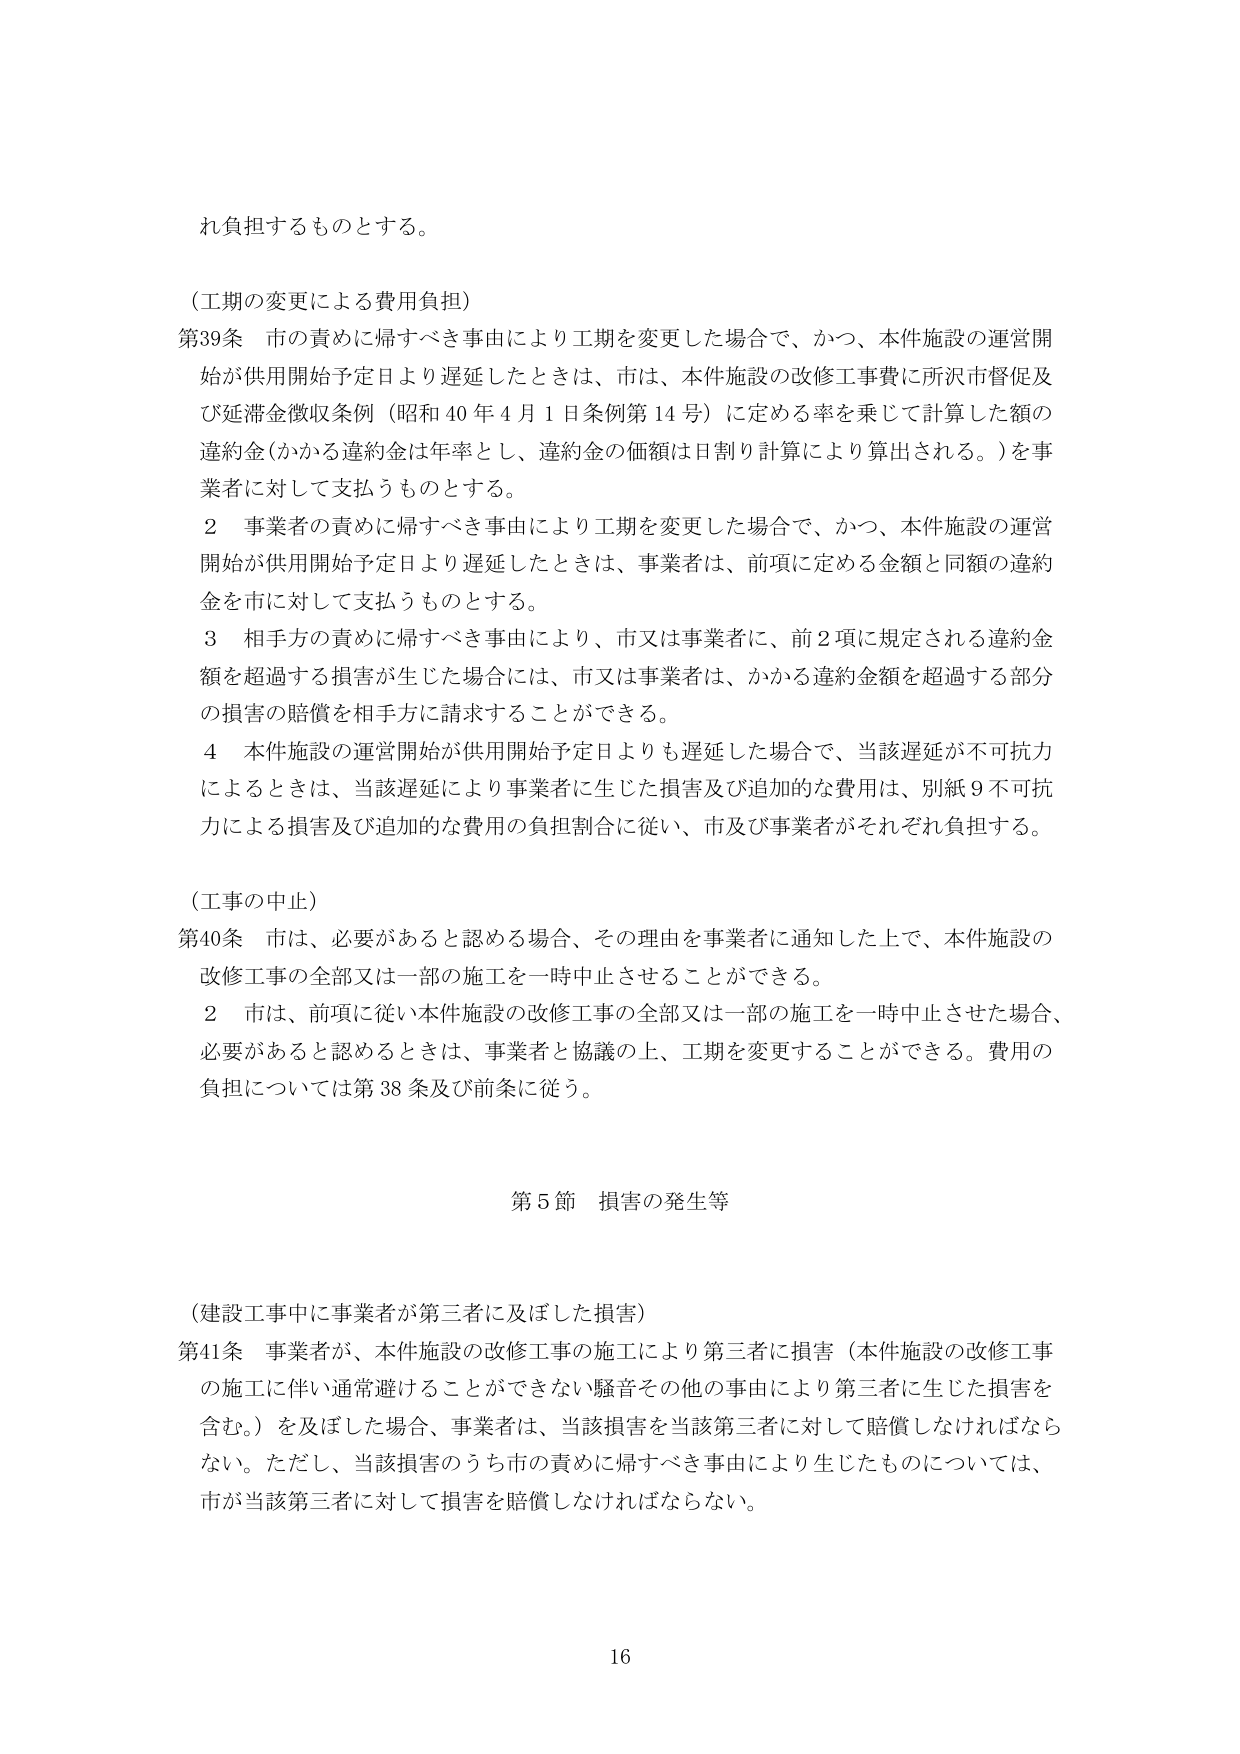
れ負担するものとする。

（工期の変更による費用負担）
第39条 市の責めに帰すべき事由により工期を変更した場合で、かつ、本件施設の運営開始が供用開始予定日より遅延したときは、市は、本件施設の改修工事費に所沢市督促及び延滞金徴収条例（昭和40年4月1日条例第14号）に定める率を乗じて計算した額の違約金（かかる違約金は年率とし、違約金の価額は日割り計算により算出される。）を事業者に対して支払うものとする。
２ 事業者の責めに帰すべき事由により工期を変更した場合で、かつ、本件施設の運営開始が供用開始予定日より遅延したときは、事業者は、前項に定める金額と同額の違約金を市に対して支払うものとする。
３ 相手方の責めに帰すべき事由により、市又は事業者に、前２項に規定される違約金額を超過する損害が生じた場合には、市又は事業者は、かかる違約金額を超過する部分の損害の賠償を相手方に請求することができる。
４ 本件施設の運営開始が供用開始予定日よりも遅延した場合で、当該遅延が不可抗力によるときは、当該遅延により事業者に生じた損害及び追加的な費用は、別紙９不可抗力による損害及び追加的な費用の負担割合に従い、市及び事業者がそれぞれ負担する。

（工事の中止）
第40条 市は、必要があると認める場合、その理由を事業者に通知した上で、本件施設の改修工事の全部又は一部の施工を一時中止させることができる。
２ 市は、前項に従い本件施設の改修工事の全部又は一部の施工を一時中止させた場合、必要があると認めるときは、事業者と協議の上、工期を変更することができる。費用の負担については第38条及び前条に従う。

第5節 損害の発生等

（建設工事中に事業者が第三者に及ぼした損害）
第41条 事業者が、本件施設の改修工事の施工により第三者に損害（本件施設の改修工事の施工に伴い通常避けることができない騒音その他の事由により第三者に生じた損害を含む。）を及ぼした場合、事業者は、当該損害を当該第三者に対して賠償しなければならない。ただし、当該損害のうち市の責めに帰すべき事由により生じたものについては、市が当該第三者に対して損害を賠償しなければならない。

16